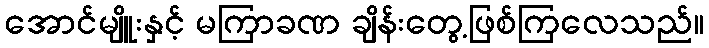
အောင်မျိူးနှင့် မကြာခဏ ချိန်းတွေ့ဖြစ်ကြလေသည်။